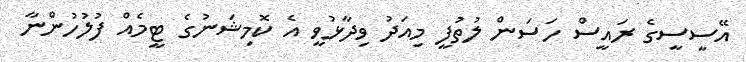
އޭސީސީގެ ރައީސް ހަސަން ލުތުފީ މިއަދު ވިދާޅުވީ އެ ކޮމިޝަނުގެ ޓީމެއް ފުލުހުންނާ